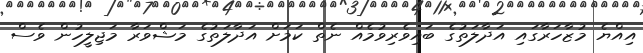
އިއްޔެ މުޒާހަރާގައި އަދާލަތުގެ ބައިވެރިވުމެއް ނެތް ކަމަށް އަދާލަތުގެ މަޝްވަރާ މަޖިލީހުން ވެސް